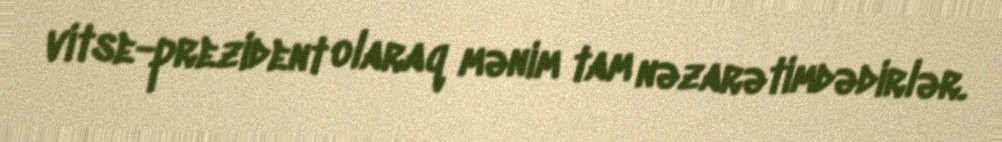
vitse-prezident olaraq mənim tam nəzarətimdədirlər.